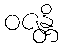
ဝဇန္တိ